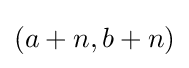
(a+n,b+n)